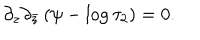
\partial _ { z } \partial _ { \bar { z } } \left( \psi - \log \tau _ { 2 } \right) = 0 .